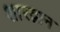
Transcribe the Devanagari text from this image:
शारद्वान